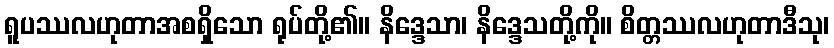
ရူပဿလဟုတာအစရှိသော ရုပ်တို့၏။ နိဒ္ဒေသာ၊ နိဒ္ဒေသတို့ကို။ စိတ္တဿလဟုတာဒီသု၊